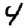
Digit: 4